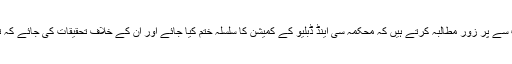
مقامی لوگ ملک سے کرپشن ختم کرنے کے دعویدا ر صوبائی حکومت سے پر زور مطالبہ کرتے ہیں کہ محکمہ سی اینڈ ڈبلیو کے کمیشن کا سلسلہ ختم کیا جائے اور ان کے خلاف تحقیقات کی جائے کہ تین سال گزرنے کے باوجود بونی پل پر کام کیوں ادھورا چھوڑا گیا ہے۔